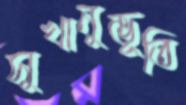
সুখানুভূতি